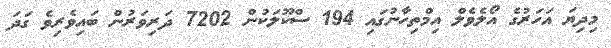
މިދިޔަ އަހަރުގެ އޯލެވެލް އިމްތިހާނުގައި 194 ސްކޫލަކުން 7202 ދަރިވަރުން ބައިވެރިވެ ގަދަ